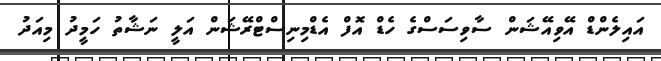
އައިލެންޑް އޭވިއޭޝަން ސާވިސަސްގެ ހެޑް އޮފް އެޑްމިނިސްޓްރޭޝަން އަލީ ނަޝާތު ހަމީދު މިއަދު